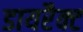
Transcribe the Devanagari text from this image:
डायरैक्ट